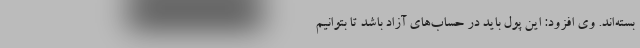
بسته‌اند. وی افزود: این پول باید در حساب‌های آزاد باشد تا بتوانیم